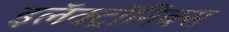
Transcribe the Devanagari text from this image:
इलॅक्ट्रॉनिक्स